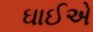
ઘાઈએ